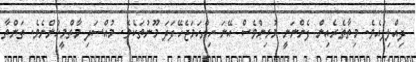
ދިއްލިފައެވެ. މިތާތެރެއިން ފެންނަނީ މުޅިންވެސް އޭނަ ހިތްހަމަޖެހޭފަދަ މޫނުތަކެވެ. މުއްސަދި މާތްމީހުންނެވެ. ތަންތާ